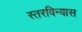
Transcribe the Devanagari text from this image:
स्तरविन्यास